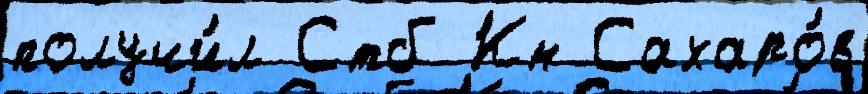
получи́л Стб Кн Сахаро́в